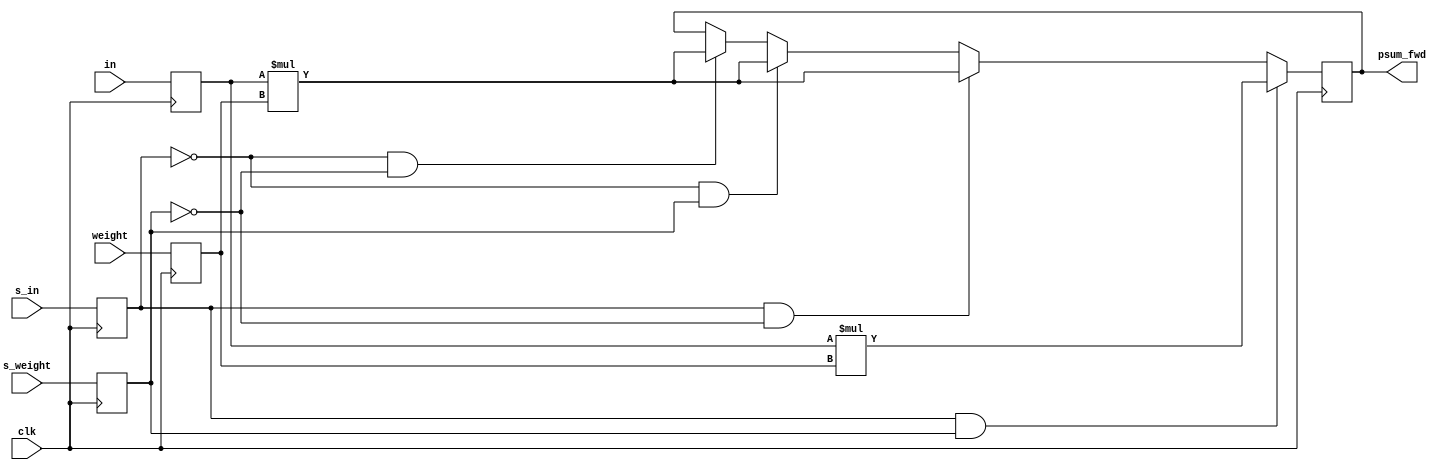
module fusion_unit (
    input clk,
    input [3:0] in,
    input [3:0] weight,
    input s_in,
    input s_weight,
    output reg [7:0] psum_fwd
    );

    reg [3:0] in_reg;
    reg [3:0] weight_reg;
    reg s_in_reg;
    reg s_weight_reg;

    always @(posedge clk) begin
        in_reg <= in;
        weight_reg <= weight;
        s_in_reg <= s_in;
        s_weight_reg <= s_weight;
        if (s_in_reg == 1'b1 && s_weight_reg == 1'b1) begin
            psum_fwd <= $signed(in_reg) * $signed(weight_reg);
        end else if (s_in_reg == 1'b1 && s_weight_reg == 1'b0) begin
            psum_fwd <= $signed(in_reg) * weight_reg;
        end else if (s_in_reg == 1'b0 && s_weight_reg == 1'b1) begin
            psum_fwd <= in_reg * $signed(weight_reg);
        end else if (s_in_reg == 1'b0 && s_weight_reg == 1'b0) begin
            psum_fwd <= in_reg * weight_reg;
        end
    end    


endmodule